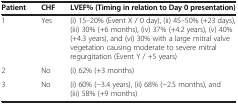
<table><thead><tr><td><b>Patient</b></td><td><b>CHF</b></td><td><b>LVEF% (Timing in relation to Day 0 presentation)</b></td></tr></thead><tbody><tr><td>1</td><td>Yes</td><td>(i) 15–20% (Event X / 0 day), (ii) 45–50% (+23 days), (iii) 30% (+6 months), (iv) 37% (+4.2 years), (v) 40% (+4.3 years), and (vi) 30% with a large mitral valve vegetation causing moderate to severe mitral regurgitation (Event Y / +5 years)</td></tr><tr><td>2</td><td>No</td><td>(i) 62% (+3 months)</td></tr><tr><td>3</td><td>No</td><td>(i) 60% (−3.4 years), (ii) 68% (−2.5 months), and (iii) 58% (+9 months)</td></tr></tbody></table>